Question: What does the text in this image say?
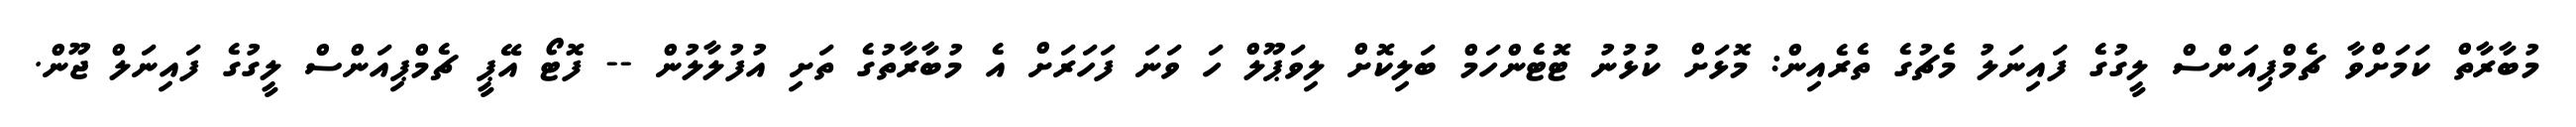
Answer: މުބާރާތް ކަމަށްވާ ޗެމްޕިއަންސް ލީގުގެ ފައިނަލު މެޗުގެ ތެރެއިން: މޮޅަށް ކުޅުނު ޓޮޓެންހަމް ބަލިކޮށް ލިވަޕޫލް ހަ ވަނަ ފަހަރަށް އެ މުބާރާތުގެ ތަށި އުފުލާލުން -- ފޮޓޯ އޭޕީ ޗެމްޕިއަންސް ލީގުގެ ފައިނަލް ޖޫން.